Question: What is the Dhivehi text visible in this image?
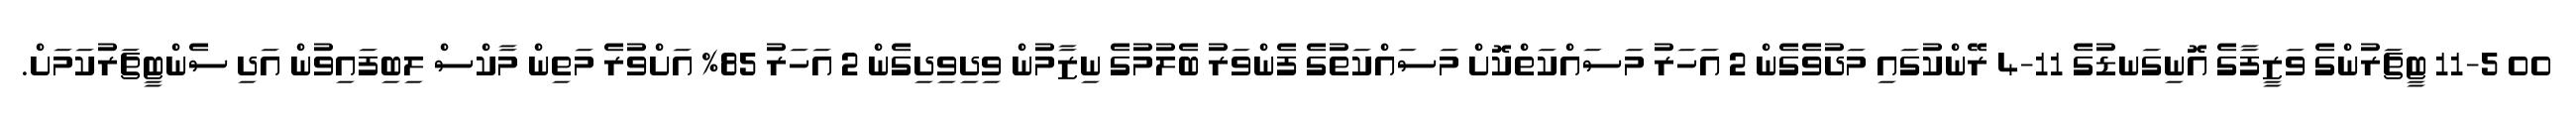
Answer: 00 11-5 ޓީޗަރުންގެ ވަޒީފާގެ އޮނިގަނޑުގެ 11-4 ރޭންކުގައި މަދުވެގެން 2 އަހަރު މަސައްކަތްކޮށް މަސައްކަތުގެ ފެންވަރު ބެލުމުގެ ނިޒާމުން ވިދިވިދިގެން 2 އަހަރު 85% އަށްވުރެ މަތިން މާކްސް ލިބިފައިވުން އަދި ސެންޓީޗަރުކަމަށް.